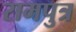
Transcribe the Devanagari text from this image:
रामपुत्र